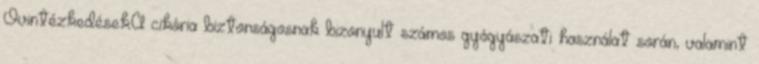
Óvintézkedések:A cikória biztonságosnak bizonyult számos gyógyászati használat során, valamint